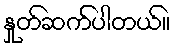
နှုတ်ဆက်ပါတယ်။